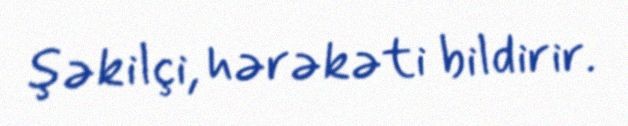
şəkilçi, hərəkəti bildirir.